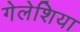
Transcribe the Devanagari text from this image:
गेलेशिया